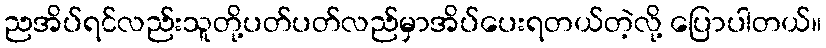
ညအိပ်ရင်လည်းသူတို့ပတ်ပတ်လည်မှာအိပ်ပေးရတယ်တဲ့လို့ ပြောပါတယ်။